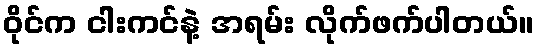
ဝိုင်က ငါးကင်နဲ့ အရမ်း လိုက်ဖက်ပါတယ်။